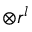
{ \boldsymbol { \otimes } } r ^ { l }